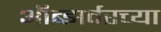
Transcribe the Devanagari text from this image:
ऑब्झर्वरच्या